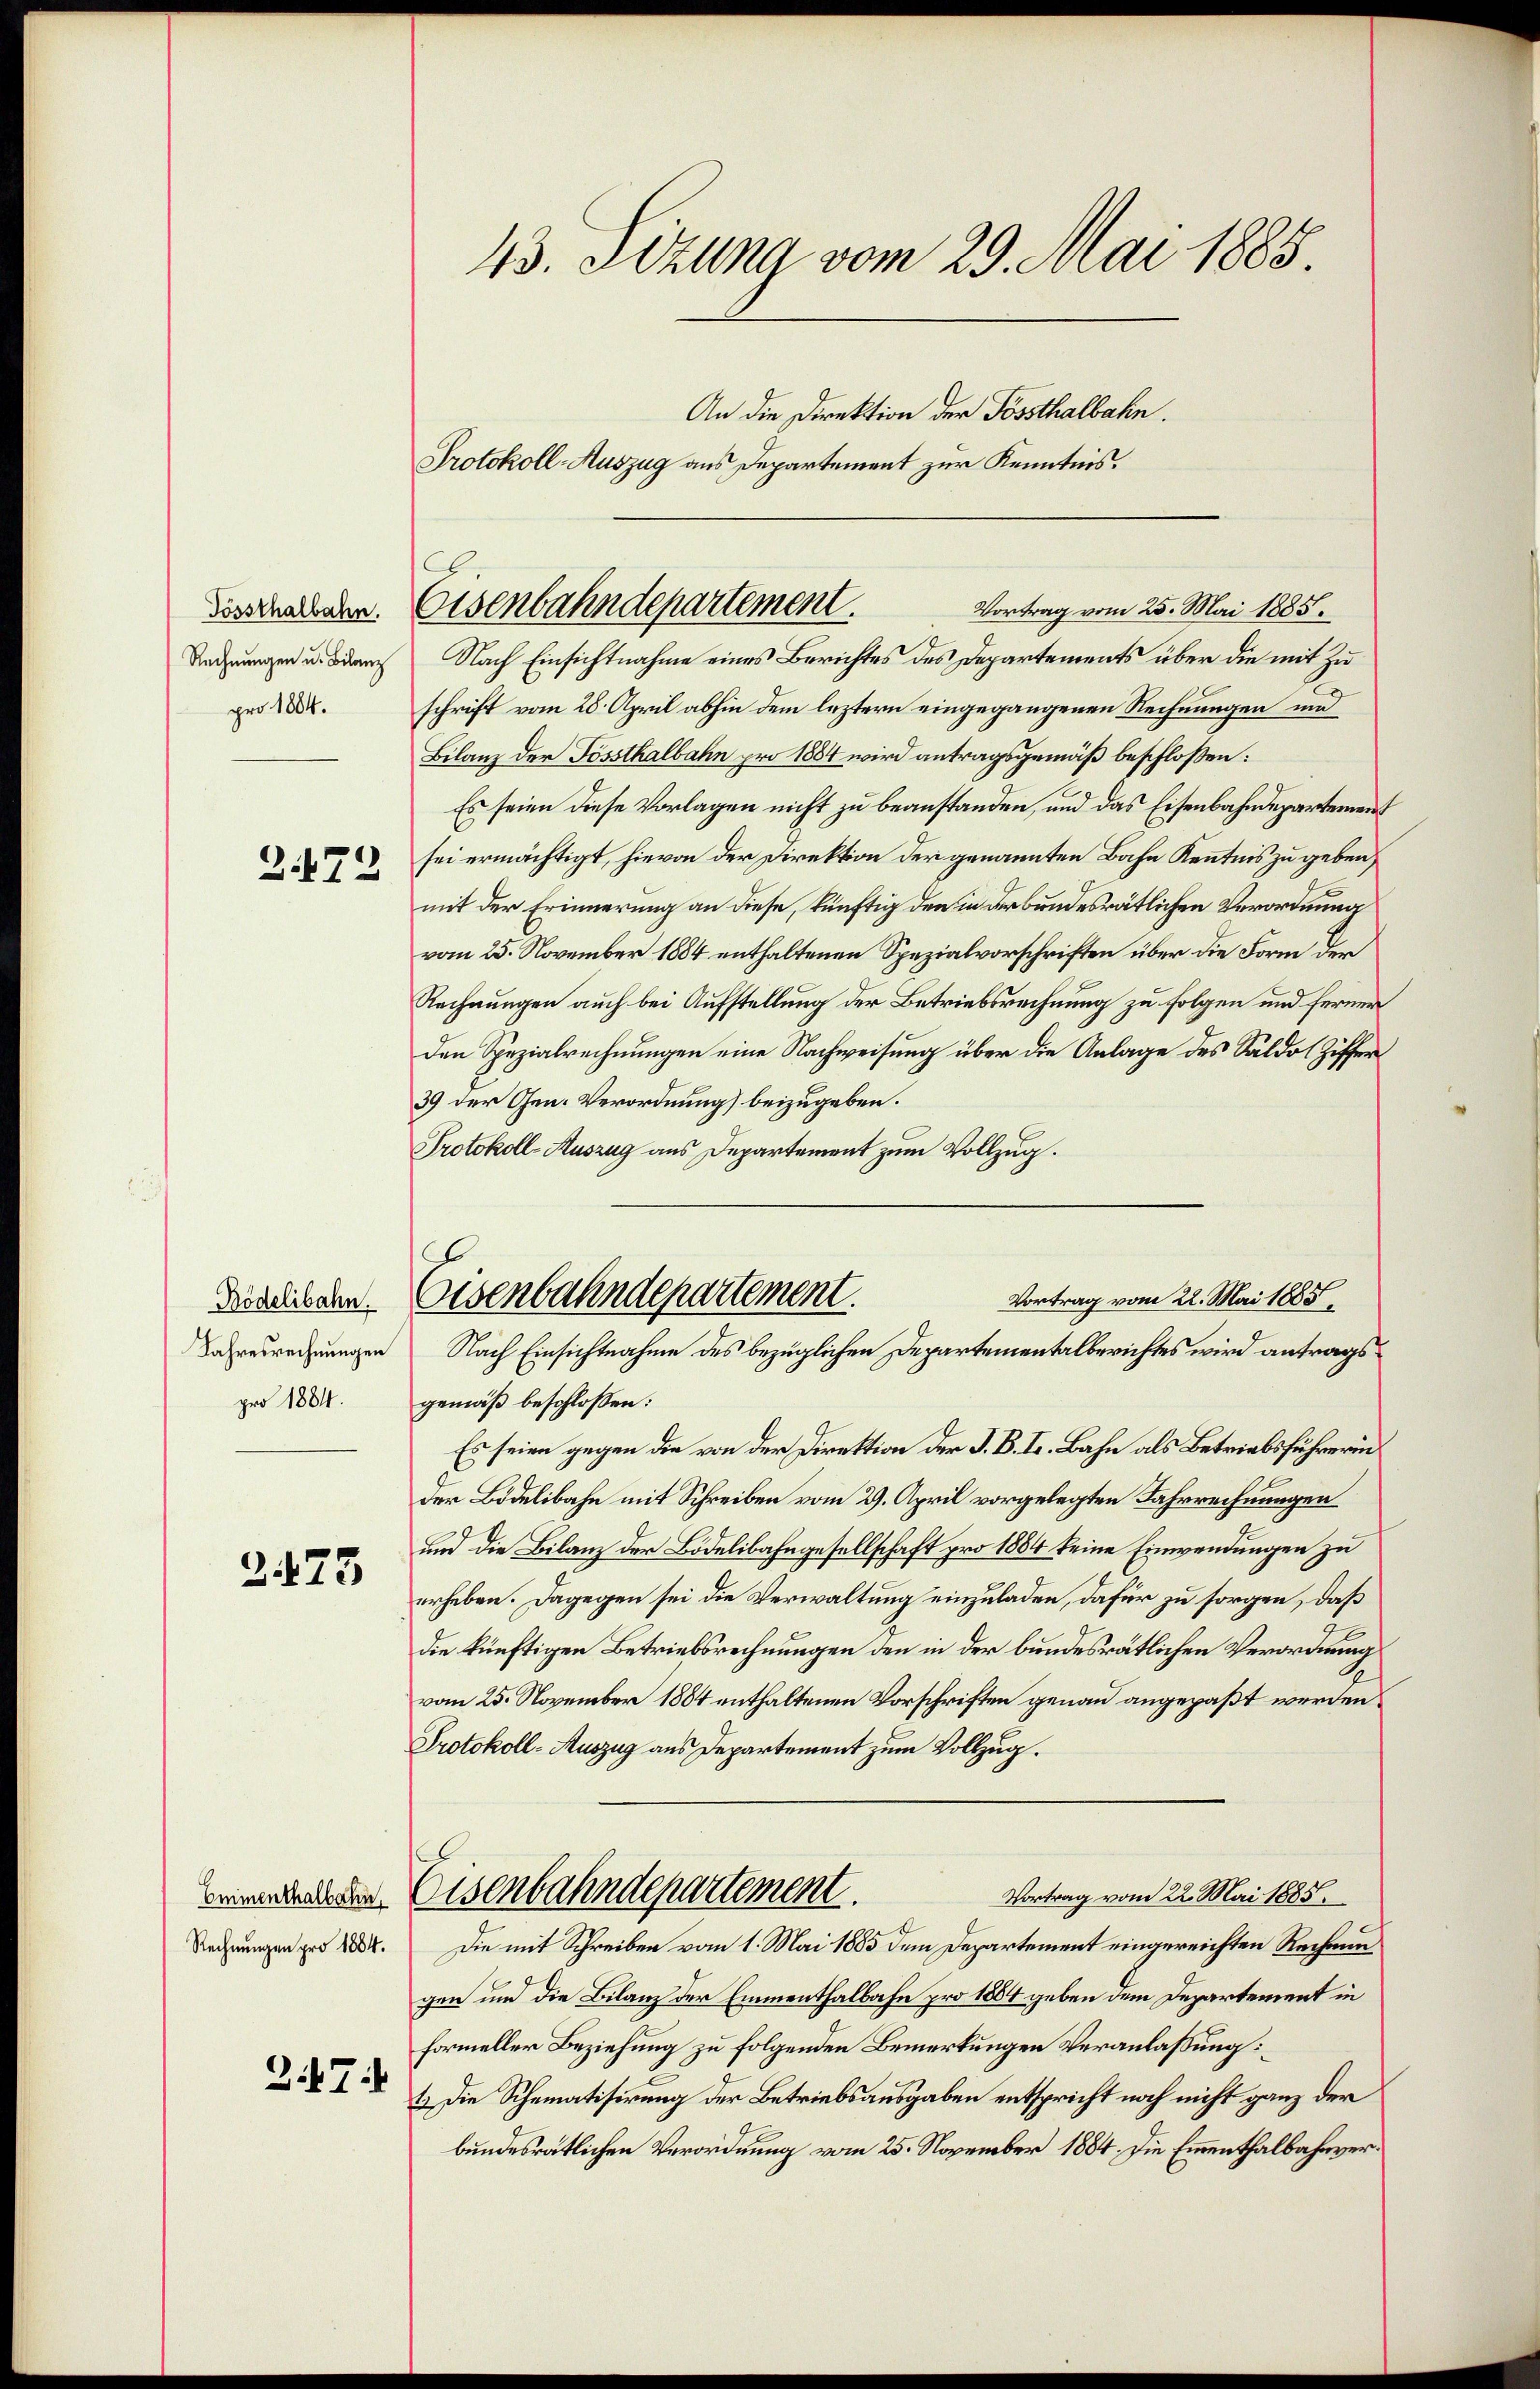
Tössthalbahn.
Rechnungen u. Bilanz
pro 1884.

2.472

Bödelibahn.
Jahresrechnungen
pro 1884.

2473

Emmenthalbahn,
Rechnungen pro 1884.

247.

43. Sizung vom 29. Mai 1885.

An die Direktion der Fössthalbahn.
Protokoll-Auszug aus Departement zur Kenntnis.
Nach Einsichtnahme eines Berichtes des Departements über die mit Zu
schrift vom 28. April abhin dem leztern eingegangenen Rechnungen und
Bilanz der Tössthalbahn pro 1884 wird antragsgemäß beschloßen:
Es seien diese Vorlagen nicht zu beanstanden, und das Eisenbahndepartement
sei ermächtigt, hievon der Direktion der genannten Bahn Kenntnis zu geben,
mit der Erinnerung an diese, künftig den in der bundesrätlichen Verordnung
vom 25. November 1884 enthaltenen Spezialvorschriften über die Form der
Rechnungen auch bei Aufstellung der Betriebsrechnung zu folgen und ferner
den Spezialrechnungen eine Nachweisung über die Anlage des Saldo Ziffer¬
39 der Gen. Verordnung beizugeben.
Protokoll-Auszug aus Departement zum Vollzug.
Vortrag vom 22. Mai 1885.
gemäß beschlossen:
Es seien gegen die von der Direktion der J. B. I. Bahn als Betriebsführerin
der Bidelibahn mit Schreiben vom 29. April vorgelegten Fahrrechnungen
und die Bilanz der Bodelibahngesellschaft pro 1884 keine Einwendungen zu
erheben. Dagegen sei die Verwaltung einzuladen, dafür zu sorgen, daß
die künftigen Betriebsrechnungen den in der bundesrätlichen Verordnung
vom 25. November 1884 enthaltenen Vorschriften genau angepaßt werden
Protokoll-Auszug aus Departement zum Vollzug.
Vortrag vom 22. Mai 1885.
Eisenbahndepartement.
8
Die mit Schreiben vom 1. Mai 1885 dem Departement eingereichten Rechnungen und die Bilanz der Emmenthalbahn pro 1864 geben dem Departement in
formeller Beziehung zu folgenden Bemerkungen Veranlassung:
1.) Die Schematisirung der Betriebsausgaben entspricht noch nicht ganz der
bundesratlichen Verordnung vom 25. November 1884. Die Emmenthalbahnver¬

Eisenbahndepartement.
Vortrag vom 25. Mai 1885.

Eisenbahndepartement.
Nach Einsichtnahme des bezüglichen Departementalberichtes wird antrags¬